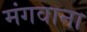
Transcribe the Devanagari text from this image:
मंगवाना